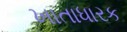
ખાતાધારક